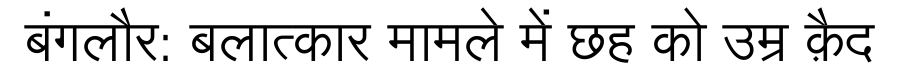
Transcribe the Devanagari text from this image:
बंगलौर: बलात्कार मामले में छह को उम्र क़ैद